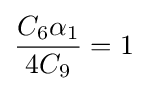
{\frac {C_{6}\alpha _{1}}{4C_{9}}}=1